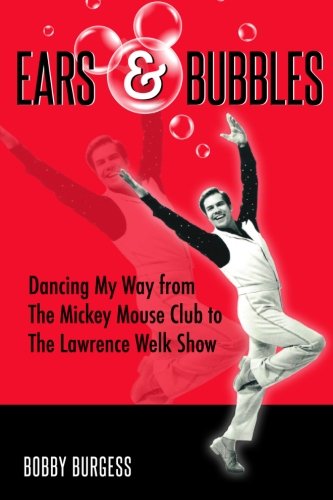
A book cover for Ears & Bubbles: Dancing My Way from The Mickey Mouse Club to The Lawrence Welk Show; Bobby Burgess; Biographies & Memoirs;